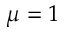
\mu = 1